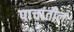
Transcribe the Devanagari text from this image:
पाचांतील